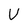
Character: V